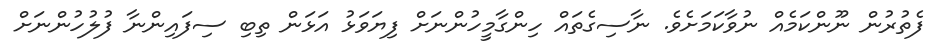
ފެތުރުން ނޫންކަމެއް ނުވާކަމަށެވެ. ނާސިގެތައް ހިންގާމީހުންނަށް ފިޔަވަޅު އަޅަން ތިބި ސިފައިންނާ ފުލުހުންނަށް